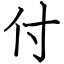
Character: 付